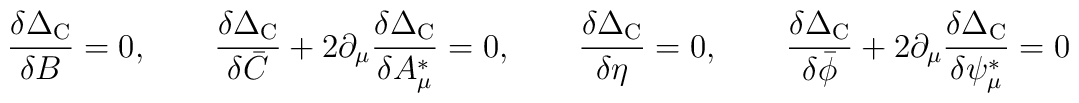
\frac{\delta \Delta_{\rm C}}{\delta B} = 0,\qquad\frac{\delta \Delta_{\rm C}}{\delta \bar{C}} + 2 \partial_\mu \frac{\delta \Delta_{\rm C}}{\delta A_\mu^*} = 0,\qquad\frac{\delta \Delta_{\rm C}}{\delta \eta} = 0,\qquad\frac{\delta \Delta_{\rm C}}{\delta \bar{\phi}} + 2 \partial_\mu \frac{\delta \Delta_{\rm C}}{\delta \psi_\mu^*} = 0